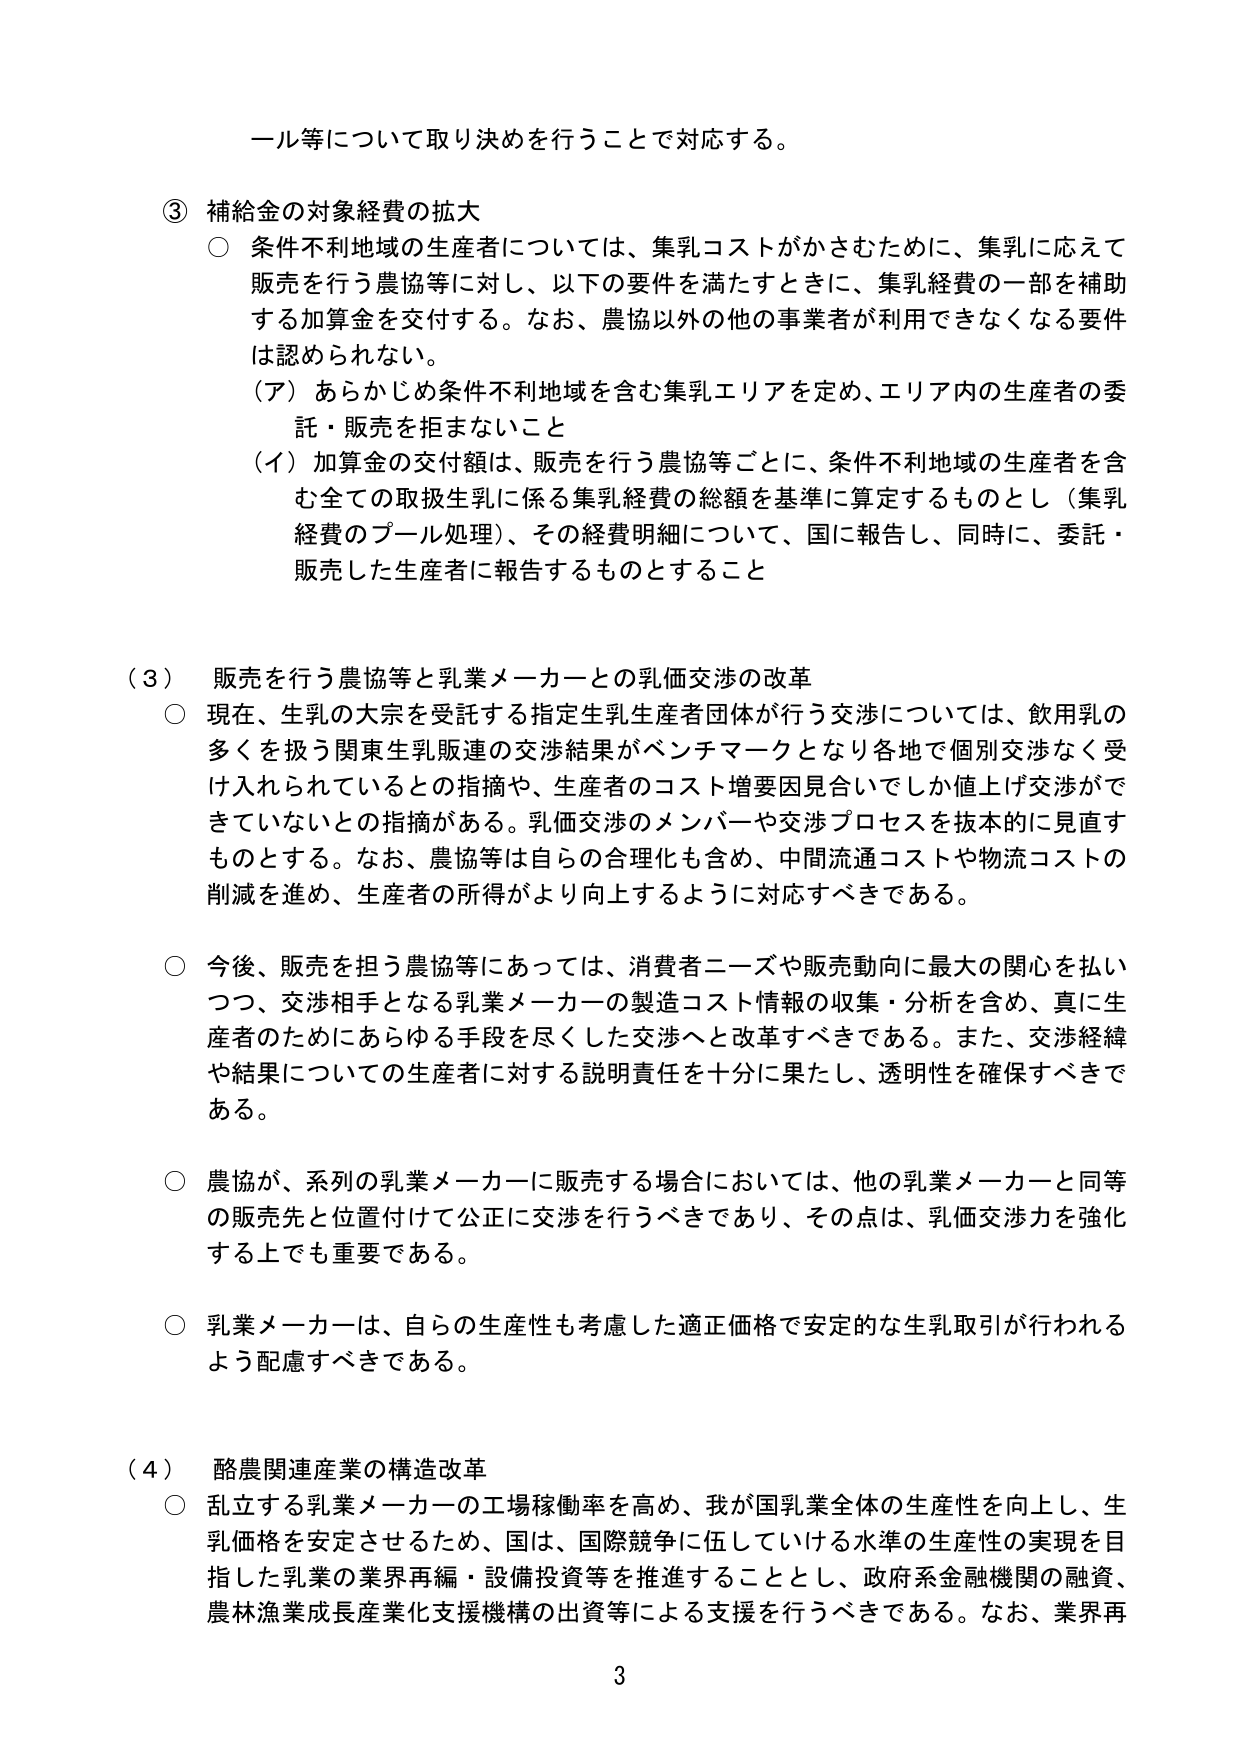
ール等について取り決めを行うことで対応する。

③ 補給金の対象経費の拡大
○ 条件不利地域の生産者については、集乳コストがかさむために、集乳に応えて販売を行う農協等に対し、以下の要件を満たすときに、集乳経費の一部を補助する加算金を交付する。なお、農協以外の他の事業者が利用できなくなる要件は認められない。
（ア）あらかじめ条件不利地域を含む集乳エリアを定め、エリア内の生産者の委託・販売を拒まないこと
（イ）加算金の交付額は、販売を行う農協等ごとに、条件不利地域の生産者を含む全ての取扱生乳に係る集乳経費の総額を基準に算定するものとし（集乳経費のプール処理）、その経費明細について、国に報告し、同時に、委託・販売した生産者に報告するものとすること

（３） 販売を行う農協等と乳業メーカーとの乳価交渉の改革
○ 現在、生乳の大宗を受託する指定生乳生産者団体が行う交渉については、飲用乳の多くを扱う関東生乳販連の交渉結果がベンチマークとなり各地で個別交渉なく受け入れられているとの指摘や、生産者のコスト増要因見合いできていな いとの指摘がある。乳価交渉のメンバーや交渉プロセスを抜本的に見直すものとする。なお、農協等は自らの合理化も含め、中間流通コストや物流コストの削減を進め、生産者の所得がより向上するように対応すべきである。

○ 今後、販売を担う農協等にあっては、消費者ニーズや販売動向に最大の関心を払いつつ、交渉相手となる乳業メーカーの製造コスト情報の収集・分析を含め、真に生産者のためにあらゆる手段を尽くした交渉へと改革すべきである。また、交渉経緯や結果についての生産者に対する説明責任を十分に果たし、透明性を確保すべきである。

○ 農協が、系列の乳業メーカーに販売する場合においては、他の乳業メーカーと同等の販売先と位置付けて公正に交渉を行うべきであり、その点は、乳価交渉力を強化する上でも重要である。

○ 乳業メーカーは、自らの生産性も考慮した適正価格で安定的な生乳取引が行われるよう配慮すべきである。

（４） 酪農関連産業の構造改革
○ 乱立する乳業メーカーの工場稼働率を高め、我が国乳業全体の生産性を向上し、生乳価格を安定させるため、国は、国際競争に伍していける水準の生産性の実現を目指した乳業の業界再編・設備投資等を推進することとし、政府系金融機関の融資、農林漁業成長産業化支援機構の出資等による支援を行うべきである。なお、業界再

3